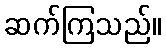
ဆက်ကြသည်။